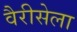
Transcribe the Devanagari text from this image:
वैरीसेला